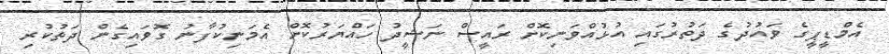
އެމްޑީޕީގެ ވައުދުގެ ދަތުރުގައި އުޅުއްވަނިކޮށް ރައީސް ނަޝީދު ހައްޔަރުކޮށް އެމަނިކުފާނު ގޮވައިގެން ދަތުކުރި